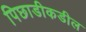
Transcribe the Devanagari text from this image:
पिछाडीकडील